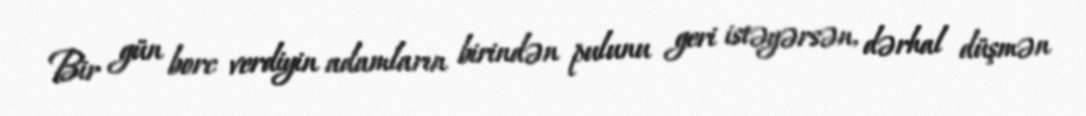
Bir gün borc verdiyin adamların birindən pulunu geri istəyərsən, dərhal düşmən